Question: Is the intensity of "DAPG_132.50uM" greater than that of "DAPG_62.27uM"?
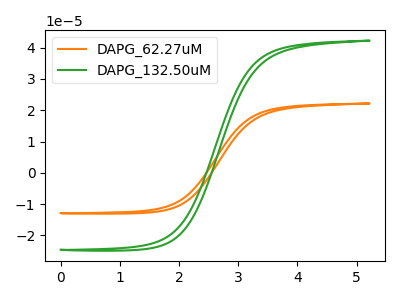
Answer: <think>The orange curve "DAPG_62.27uM" has no peaks. The green curve "DAPG_132.50uM" has no peaks.
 Neither "DAPG_132.50uM" or "DAPG_62.27uM" have any peaks.</think>
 <answer>I cant tell if "DAPG_132.50uM" or "DAPG_62.27uM" has more signal.</answer>
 <eval>mixed_signal</eval>